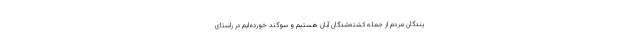
یندگان مردم از جمله کشته‌شدگان آبان هستیم و سوگند خورده‌ایم در راستای